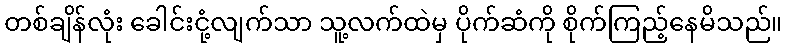
တစ်ချိန်လုံး ခေါင်းငုံ့လျက်သာ သူ့လက်ထဲမှ ပိုက်ဆံကို စိုက်ကြည့်နေမိသည်။